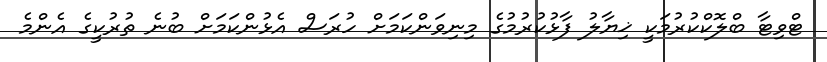
ޓްވިޓާ ބްލޮކްކުރުމަކީ ޚިޔާލު ފާޅުކުރުމުގެ މިނިވަންކަމަށް ހުރަސް އެޅުންކަމަށް ބުނެ ތުރުކީގެ އެންމެ